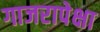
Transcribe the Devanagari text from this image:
गाजरापेक्षा